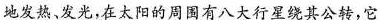
地发热、发光，在太阳的周围有八大行星绕其公转，它